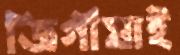
জিগীষাই